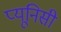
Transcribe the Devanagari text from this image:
प्यूनिसी